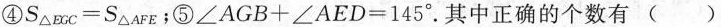
④S mc=S△AFε﹔⑤∠AGB+∠AED=145°。其中正确的个数有()